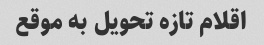
اقلام تازه تحویل به موقع